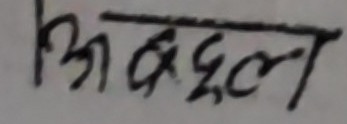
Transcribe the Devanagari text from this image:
अच्छल